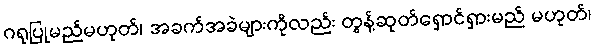
ဂရုပြုမည်မဟုတ်၊ အခက်အခဲများကိုလည်း တွန့်ဆုတ်ရှောင်ရှားမည် မဟုတ်၊